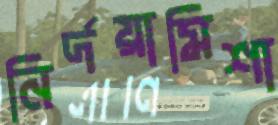
নির্দয়ামিশা